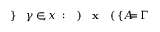
\! \! \! \! \! \! \! \! \! \! \! \Gamma \! \! \! \! \! \! \! \! \! \! \! \! = \! \! \! \! \! \! \! \! \! \! \! \! \{ A \! \! \! \! \! \! \! \! \! \! \! \! ( \! \! \! \! \! \! \! \! \! \! \! \! \mathbf { x } \! \! \! \! \! \! \! \! \! \! \! \! ) \! \! \! \! \! \! \! \! \! \! \! \! : \! \! \! \! \! \! \! \! \! \! \! \! , x \! \! \! \! \! \! \! \! \! \! \! \! \in \! \! \! \! \! \! \! \! \! \! \! \! \gamma \! \! \! \! \! \! \! \! \! \! \! \! \} \! \! \! \! \! \! \! \! \! \! \!